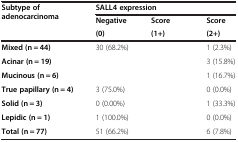
<table><thead><tr><td rowspan="3"><b>Subtype of adenocarcinoma</b></td><td colspan="3"><b>SALL4 expression</b></td></tr><tr><td><b>Negative</b></td><td><b>Score</b></td><td><b>Score</b></td></tr><tr><td><b>(0)</b></td><td><b>(1+)</b></td><td><b>(2+)</b></td></tr></thead><tbody><tr><td><b>Mixed</b><b>(n = </b><b>44)</b></td><td>30 (68.2%)</td><td>[EMPTY_CELL]</td><td>1 (2.3%)</td></tr><tr><td><b>Acinar</b><b>(n = </b><b>19)</b></td><td>[EMPTY_CELL]</td><td>[EMPTY_CELL]</td><td>3 (15.8%)</td></tr><tr><td><b>Mucinous</b><b>(n = </b><b>6)</b></td><td>[EMPTY_CELL]</td><td>[EMPTY_CELL]</td><td>1 (16.7%)</td></tr><tr><td><b>True papillary</b><b>(n = </b><b>4)</b></td><td>3 (75.0%)</td><td>[EMPTY_CELL]</td><td>0 (0.0%)</td></tr><tr><td><b>Solid</b><b>(n</b><b> = 3)</b></td><td>0 (0.00%)</td><td>[EMPTY_CELL]</td><td>1 (33.3%)</td></tr><tr><td><b>Lepidic</b><b>(n</b><b> = 1)</b></td><td>1 (100.0%)</td><td>[EMPTY_CELL]</td><td>0 (0.0%)</td></tr><tr><td><b>Total</b><b>(n = </b><b>77)</b></td><td>51 (66.2%)</td><td>[EMPTY_CELL]</td><td>6 (7.8%)</td></tr></tbody></table>